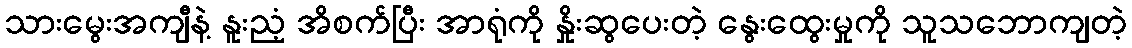
သားမွေးအကျီနဲ့ နူးညံ့ အိစက်ပြီး အာရုံကို နှိုးဆွပေးတဲ့ နွေးထွေးမှုကို သူသဘောကျတဲ့